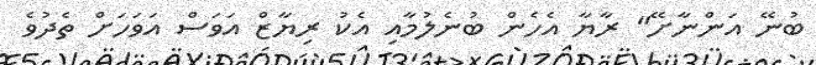
ބުނޭ އަންނާށޭ" ރާޔާ އެހެން ބުނެލުމާއި އެކު ރިޔާޒް އަވަސް އަވަހަށް ތެދުވެ